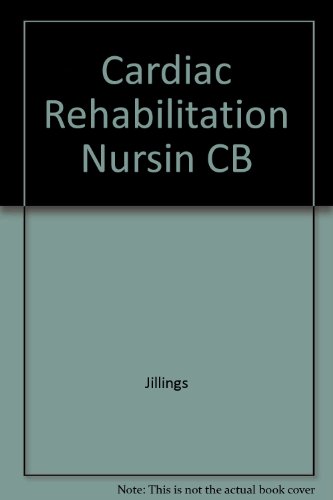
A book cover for Cardiac Rehabilitation Nursing; Medical Books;